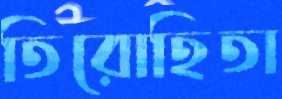
তিরোহিতা